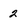
Character: 2